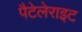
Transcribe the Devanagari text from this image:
पैटेलेराइट